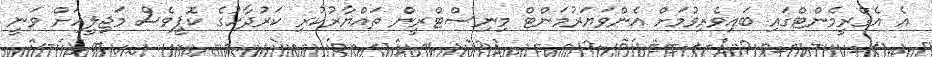
އެ އެގްރީމެންޓްގައި ބައިވެރިވުމަށް އެންވަޔަރުމަންޓް މިނިސްޓްރީން ތައްޔާރުކުރި ކަރުދާހުގެ ކޮޕީވެސް މަޖިލީހަށް ވަނީ